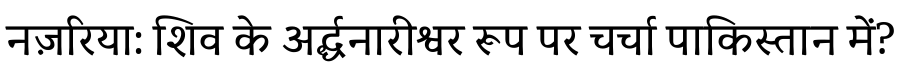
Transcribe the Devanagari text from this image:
नज़रिया: शिव के अर्द्धनारीश्वर रूप पर चर्चा पाकिस्तान में?